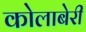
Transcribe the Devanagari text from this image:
कोलाबेरी